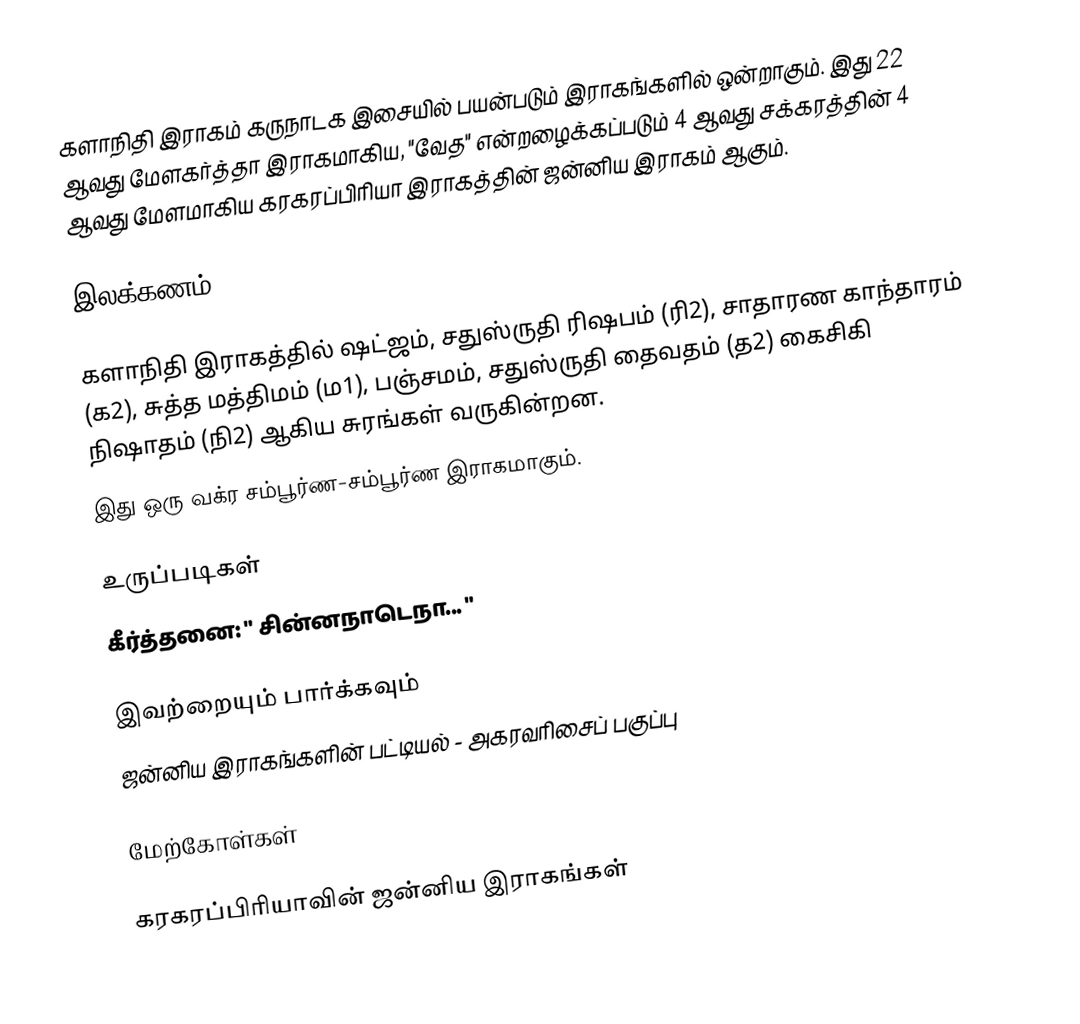
களாநிதி இராகம் கருநாடக இசையில் பயன்படும் இராகங்களில் ஒன்றாகும். இது 22 ஆவது மேளகர்த்தா இராகமாகிய, "வேத" என்றழைக்கப்படும் 4 ஆவது சக்கரத்தின் 4 ஆவது மேளமாகிய கரகரப்பிரியா இராகத்தின் ஜன்னிய இராகம்  ஆகும்.

இலக்கணம்

 களாநிதி இராகத்தில் ஷட்ஜம், சதுஸ்ருதி ரிஷபம் (ரி2), சாதாரண காந்தாரம் (க2), சுத்த மத்திமம் (ம1), பஞ்சமம், சதுஸ்ருதி தைவதம் (த2) கைசிகி நிஷாதம் (நி2) ஆகிய சுரங்கள் வருகின்றன.
  இது ஒரு வக்ர சம்பூர்ண-சம்பூர்ண இராகமாகும்.

உருப்படிகள்
 கீர்த்தனை: " சின்னநாடெநா... "

இவற்றையும் பார்க்கவும்
 ஜன்னிய இராகங்களின் பட்டியல் - அகரவரிசைப் பகுப்பு

மேற்கோள்கள்

கரகரப்பிரியாவின் ஜன்னிய இராகங்கள்